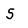
Character: 5